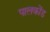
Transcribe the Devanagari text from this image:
पालकोंड